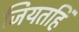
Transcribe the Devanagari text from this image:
जियतहिं